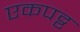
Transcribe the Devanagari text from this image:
एकपट्ट